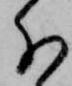
分